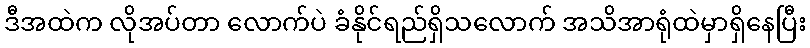
ဒီအထဲက လိုအပ်တာ လောက်ပဲ ခံနိုင်ရည်ရှိသလောက် အသိအာရုံထဲမှာရှိနေပြီး